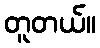
တူတယ်။